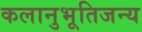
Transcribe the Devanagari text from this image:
कलानुभूतिजन्य